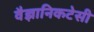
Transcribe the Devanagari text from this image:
वैज्ञानिकटेसी